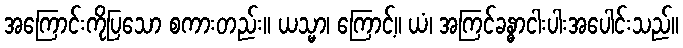
အကြောင်းကိုပြသော စကားတည်း။ ယသ္မာ၊ ကြောင့်။ ယံ၊ အကြင်ခန္ဓာငါးပါးအပေါင်းသည်။